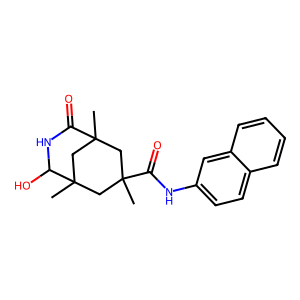
SMILES: CC1(C(=O)Nc2ccc3ccccc3c2)CC2(C)CC(C)(C1)C(O)NC2=O
Inhibits HIV replication: No